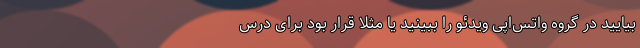
بیایید در گروه واتس‌اپی ویدئو را ببینید یا مثلا قرار بود برای درس